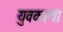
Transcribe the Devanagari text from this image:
युवकाचा